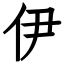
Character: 伊